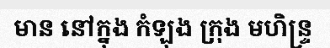
មាន នៅក្នុង កំឡុង ក្រុង មហិន្ទ្រ